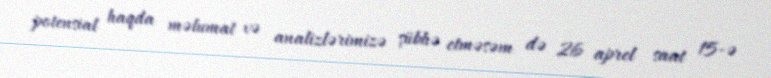
potensial haqda məlumat və analizlərimizə şübhə etməsəm də 26 aprel saat 15-ə